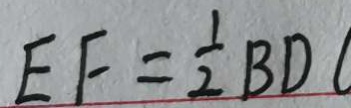
E F = \frac { 1 } { 2 } B D C